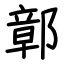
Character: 鄣